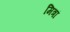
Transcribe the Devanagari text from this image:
मित्रां